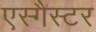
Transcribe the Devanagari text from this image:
एस्गैस्टर